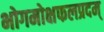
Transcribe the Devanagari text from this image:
भोगमोक्षफलप्रदम्